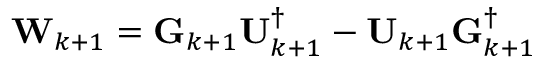
\mathbf { W } _ { k + 1 } = \mathbf { G } _ { k + 1 } \mathbf { U } _ { k + 1 } ^ { \dagger } - \mathbf { U } _ { k + 1 } \mathbf { G } _ { k + 1 } ^ { \dagger }